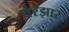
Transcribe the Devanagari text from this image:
येरझार